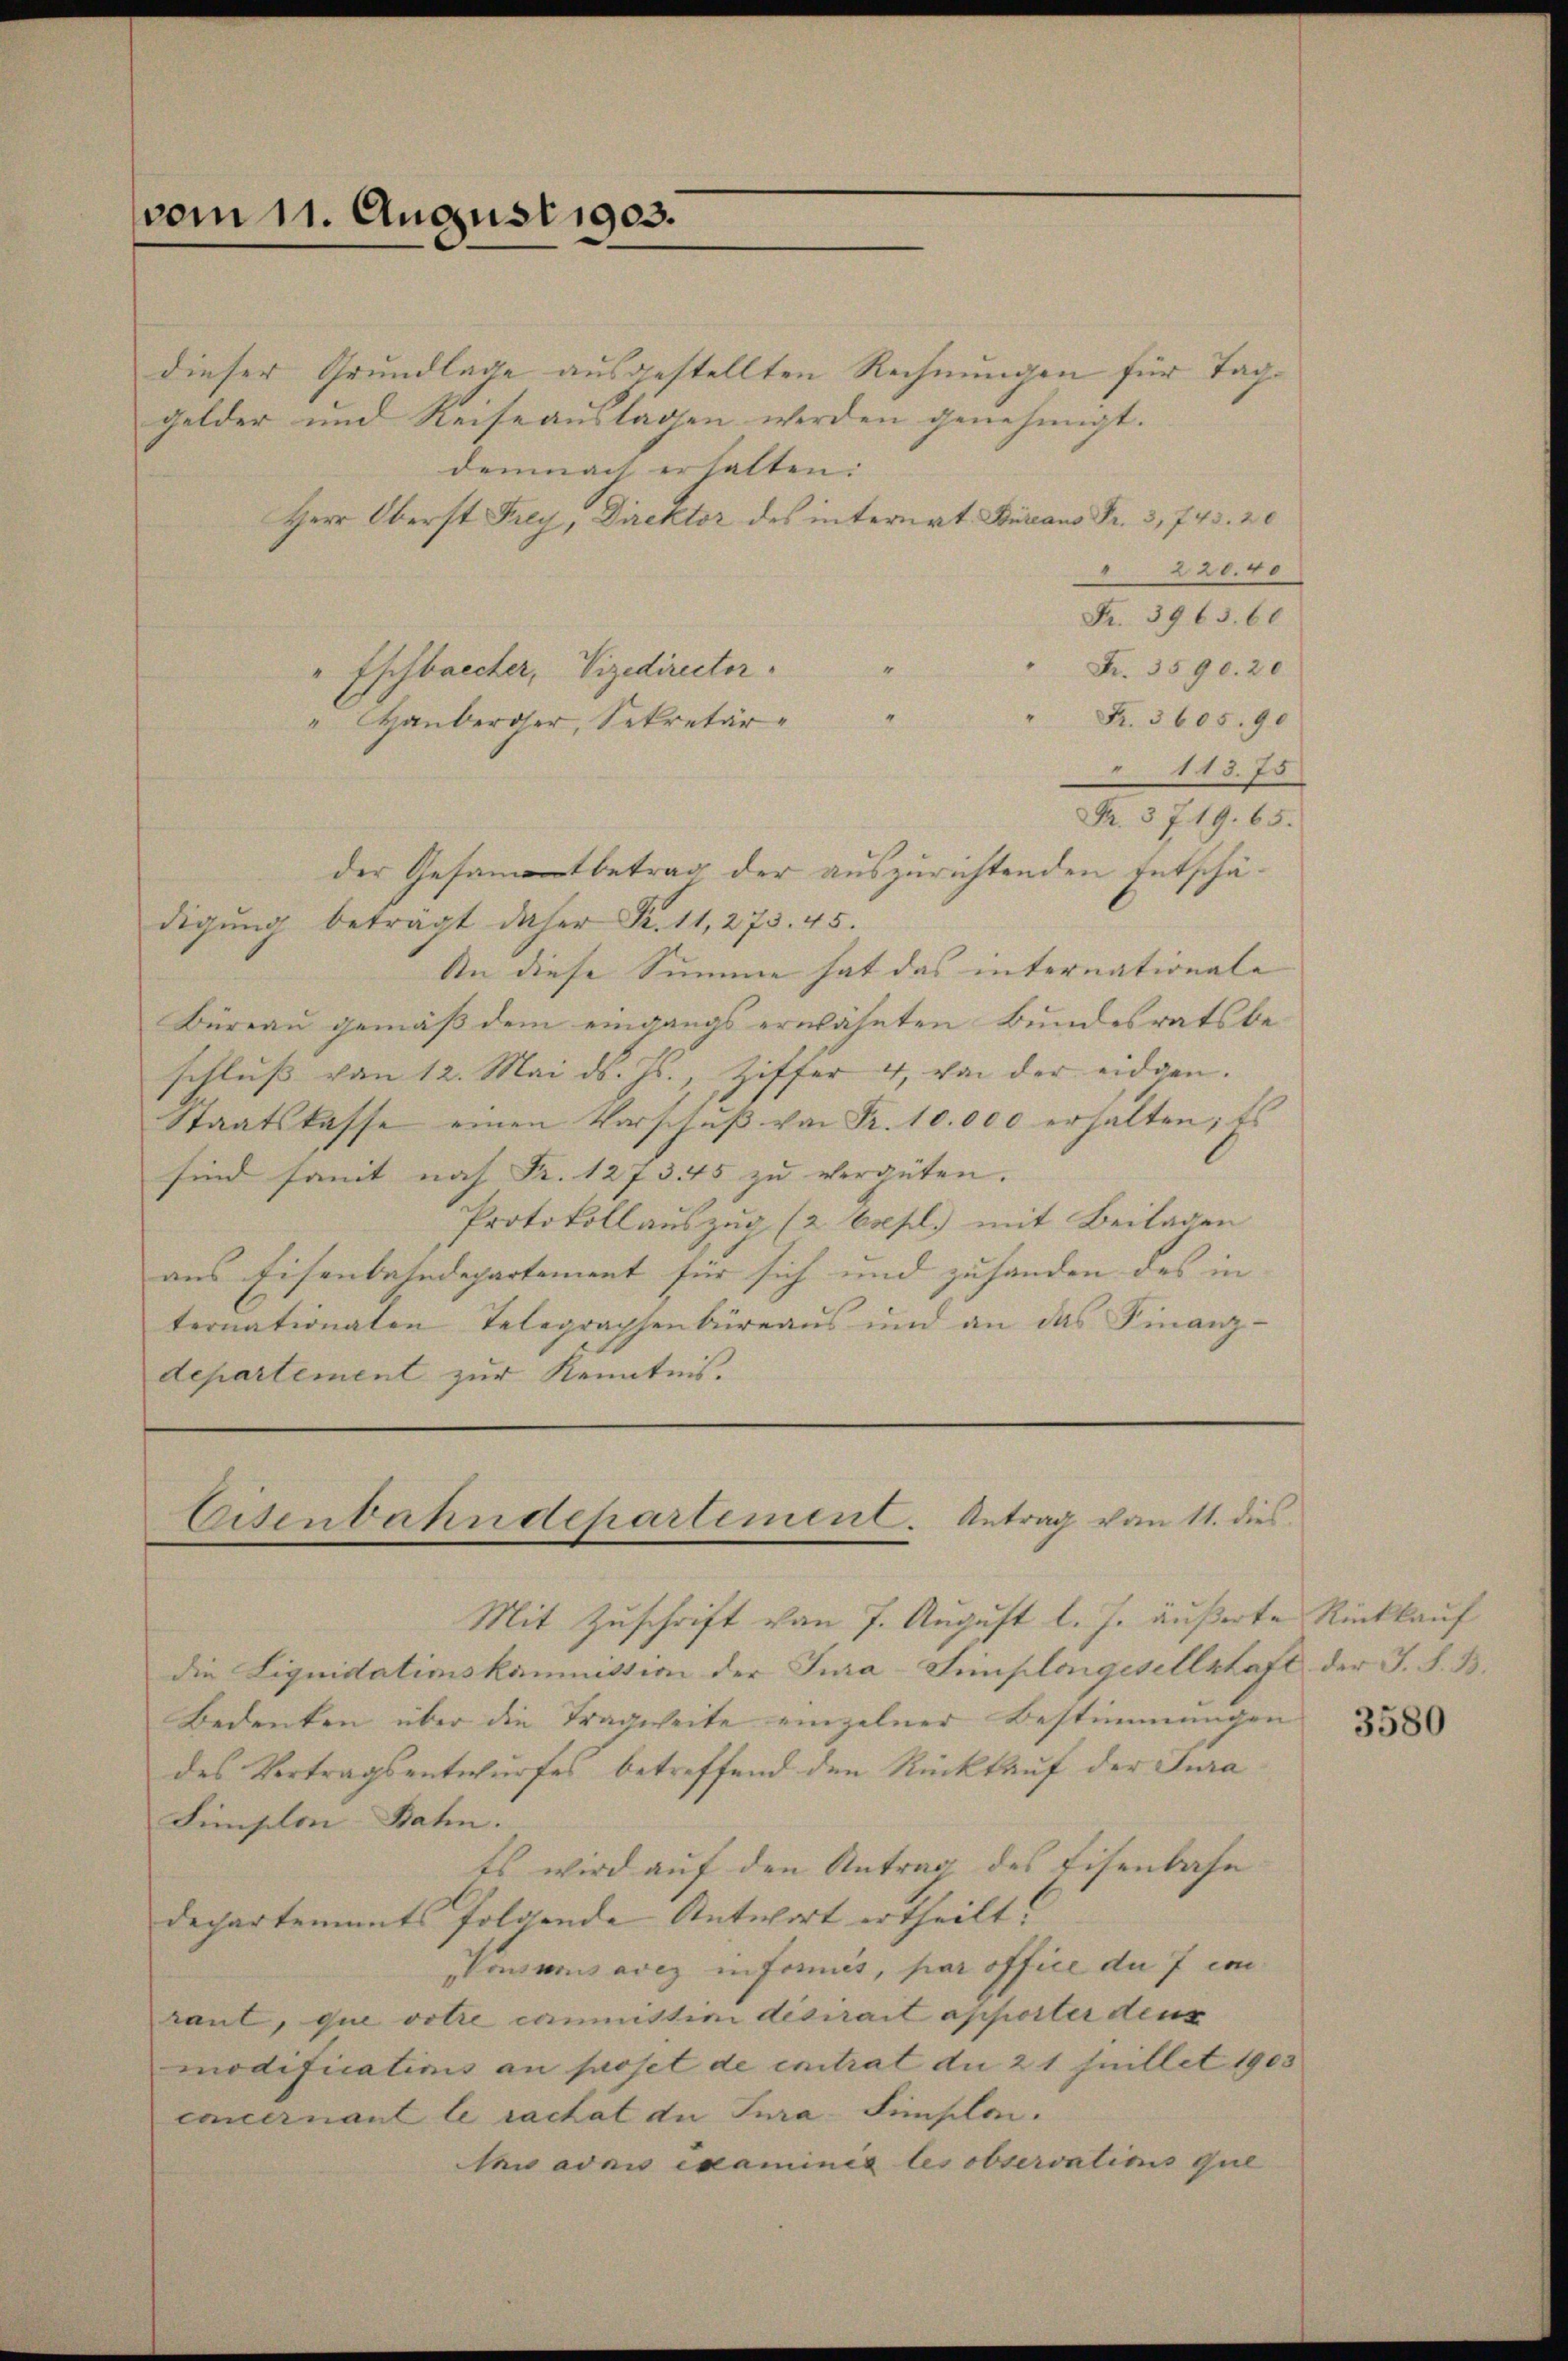
vom 11. August 1903.

dieser Grundlage ausgestellten Rechnungen für Taggelder und Reise auslagen werden genehmigt.
demnach erhalten:
Herr Oberst Frey, Direktor des interirt Heraus Fr. 3, 743. 20
 220.40
Fr. 3963. 66
Fr. 3590. 20
" Eschbrecher, Vizedirector.
"
" Fr. 3605. 90
"Hauberoser, Sekretär
113. 75
Fr. 3719. 65.
der Gesamtbetrag der auszurichtenden Entschädigŭng beträgt daher Fr. 11, 273. 45.
An diese Summe hat das internationale |
Büreau gemäß dem eingangs erwähnten Bundesratsbe-
schluss von 12. Mai d. Js., Ziffer 4, von der eidgen.
Staatskasse einen Vorschuß von Fr. 10.000 erhalten; Es
sind somit nach Fr. 127345 zu vergüten.
Protokoll auszug (2 Expl.) mit Beilagen
aus Eisenbahndepartement für sich und zuhanden des in |
ternationaten Telegraphenbüreaus und an das Finanz-
departement zur Kenntnis.

Eisenbahndepartement. Antrag vom 11. dies
Mit Zuschrift von 7. August l. J. äußerte Rückkauf

die Liquidationskommission der Jura-Simplongesellstaft der J. S. B.
Bedeuten über die Tragweite einzelner Bestimmungen
des Vertragsentwurfes betreffend den Rückkauf der Jura
Simplon Bahn.
ts wird auf den Antrag des Eisenbahn
Departements folgende Antwort ertheilt.
Tomanisatz in formit, par office du 7 cm
rant, que votre commission desirait apporter den
modificatios an proset de instrat die 21 Juillet 1903
concernant le ractat du Jura Finsle.
Aawadais examinis les observatins que

3580